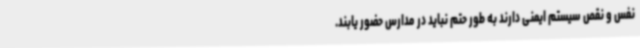
نفس و نقص سیستم ایمنی دارند به طور حتم نباید در مدارس حضور یابند.